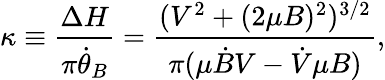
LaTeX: \kappa\equiv\frac{\Delta H}{\pi\dot{\theta}_{B}}=\frac{(V^{2}+(2\mu B)^{2})^{3/2}}{\pi(\mu\dot{B}V-\dot{V}\mu B)},